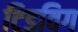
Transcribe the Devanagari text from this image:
टिडविग